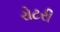
રોટરી